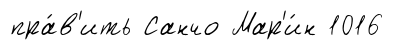
пра́в'ить Санчо Мар'и́н 1016